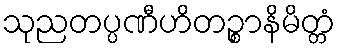
သုညတပ္ပဏီဟိတဉ္စာနိမိတ္တံ